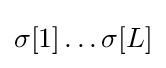
\sigma [1]\ldots \sigma [L]